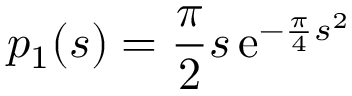
p _ { 1 } ( s ) = { \frac { \pi } { 2 } } s \, \mathrm { e } ^ { - { \frac { \pi } { 4 } } s ^ { 2 } }